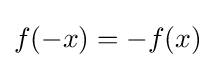
f(-x)=-f(x)